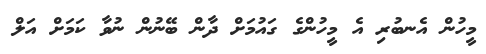
މީހުން އެނބުރި އެ މީހުންގެ ގައުމަށް ދާން ބޭނުން ނުވާ ކަމަށް އަލް